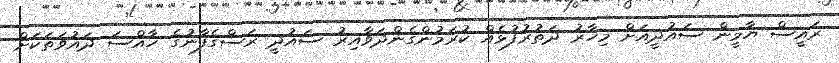
ރައީސް ޔާމީން ސައުދީއަށް މިހާރު ދަތުރުފުޅެއް ކުރަމުންގެންދަވާއިރު ސައުދީ ރަސްގެފާނުގެ ހާއްސަ ދައުވަތަކަށް